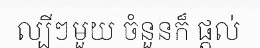
ល្បីៗមួយ ចំនួនក៏ ផ្តល់